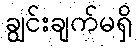
ချွင်းချက်မရှိ